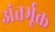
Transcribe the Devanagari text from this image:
अंतर्भूक्त